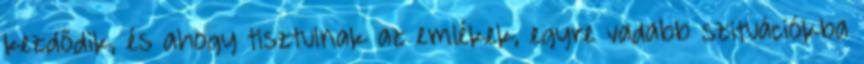
kezdődik, és ahogy tisztulnak az emlékek, egyre vadabb szituációkba